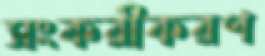
সংকরীকরণ